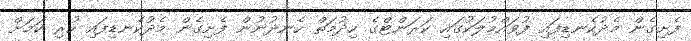
ފެށިގެން މެދުކެނޑިފައި ފުވައްމުލަކުގައި ކަރަންޓްގެ ހިދުމަތް ހެނދުނުން ފެށިގެން މެދުކެނޑިފައި ހުރި ކަމަށް